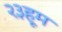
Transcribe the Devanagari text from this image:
२३हूम